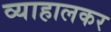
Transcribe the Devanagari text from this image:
व्याहालकर